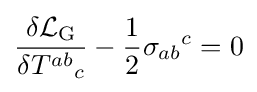
{\frac {\delta {\mathcal {L}}_{\mathrm {G} }}{\delta {T^{ab}}_{c}}}-{\frac {1}{2}}{\sigma _{ab}}^{c}=0